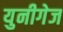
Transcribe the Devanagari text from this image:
युनीगेज